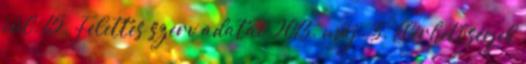
júl. 15. Felettes szerv adatai 2013. máj. 3. Elérhetőségek